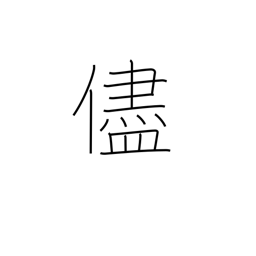
Meaning: because